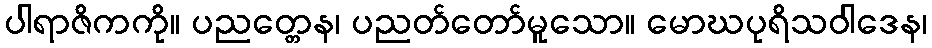
ပါရာဇိကကို။ ပညတ္တေန၊ ပညတ်တော်မူသော။ မောဃပုရိသဝါဒေန၊